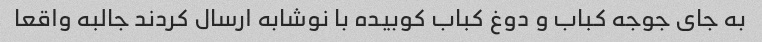
به جای جوجه کباب و دوغ کباب کوبیده با نوشابه ارسال کردند جالبه واقعا